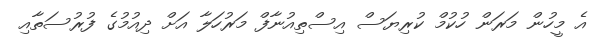
އެ މީހުން މަރަން ހުކުމް ކުރިޔަސް އިސްތިއުނާފް މަރުހަލާ އަށް ދިއުމުގެ ފުރުސަތާއި